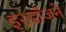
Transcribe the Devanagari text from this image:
इरडॉजने